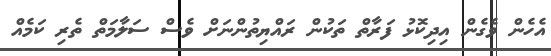
އެހެން ވެގެން އިދިކޮޅު ފަރާތް ތަކުން ރައްޔިތުންނަށް ވެސް ސަލާމަތް ތެރި ކަމެއް